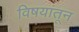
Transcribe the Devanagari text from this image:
विषयांतून